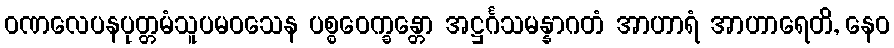
ဝဏလေပနပုတ္တမံသူပမဝသေန ပစ္စဝေက္ခန္တော အဋ္ဌင်္ဂသမန္နာဂတံ အာဟာရံ အာဟာရေတိ, နေဝ